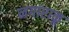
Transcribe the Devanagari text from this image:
नगाराकू